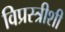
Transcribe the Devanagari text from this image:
विप्रस्त्रीशी